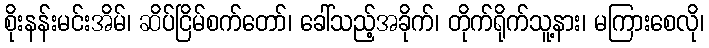
စိုးနန်းမင်းအိမ်၊ ဆိပ်ငြိမ်စက်တော်၊ ခေါ်သည့်အခိုက်၊ တိုက်ရိုက်သူ့နား၊ မကြားစေလို၊